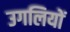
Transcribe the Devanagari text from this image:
उगलियों